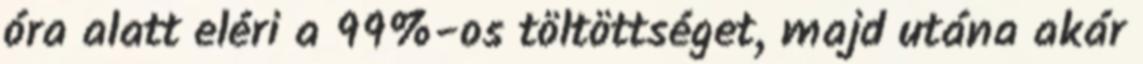
óra alatt eléri a 99%-os töltöttséget, majd utána akár